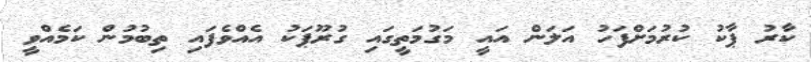
ކާރު ޕާކު ކުރުމަށްފަހު އަލަން އައީ މަގުމަތީގައި ގުރޫޕަކު އެއްވެފައި ތިބުމުން ކަމެއްވީ